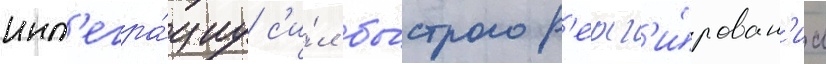
инт'егра́циу с'и́л бы́строго р'еаг'и́рован'иа